Annual administration report of the Civil Veterinary Department, Sind - 1944-1945
Year: 1944
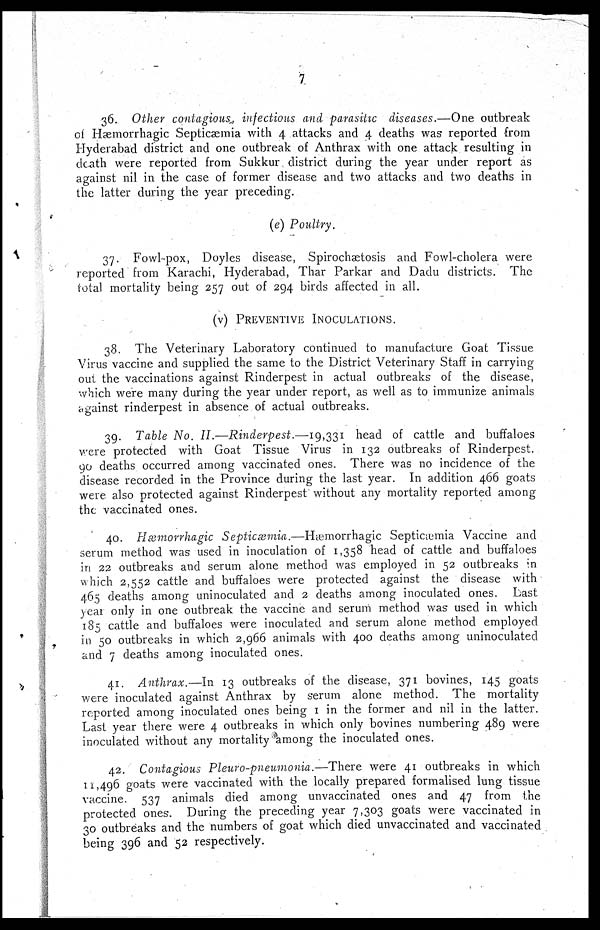
7
36. Other contagious, infectious and parasitic diseases.—One outbreak
of Hæmorrhagic Septicaemia with 4 attacks and 4 deaths was reported from
Hyderabad district and one outbreak of Anthrax with one attack resulting in
death were reported from Sukkur district during the year under report as
against nil in the case of former disease and two attacks and two deaths in
the latter during the year preceding.
(e) Poultry.
37. Fowl-pox, Doyles disease, Spirochætosis and Fowl-cholera were
reported from Karachi, Hyderabad, Thar Parkar and Dadu districts. The
total mortality being 257 out of 294 birds affected in all.
(v) PREVENTIVE INOCULATIONS.
38. The Veterinary Laboratory continued to manufacture Goat Tissue
Virus vaccine and supplied the same to the District Veterinary Staff in carrying
out the vaccinations against Rinderpest in actual outbreaks of the disease
which were many during the year under report, as well as to immunize animals
against rinderpest in absence of actual outbreaks.
39. Table No. II.—Rinderpest.—19,331 head of cattle and buffaloes
were protected with Goat Tissue Virus in 132 outbreaks of Rinderpest.
90 deaths occurred among vaccinated ones. There was no incidence of the
disease recorded in the Province during the last year. In addition 466 goats
were also protected against Rinderpest without any mortality reported among
the vaccinated ones.
40. Hæmorrhagic Septicæmia.—Hæmorrhagic Septicæmia Vaccine and
serum method was used in inoculation of 1,358 head of cattle and buffaloes
in 22 outbreaks and serum alone method was employed in 52 outbreaks in
which 2,552 cattle and buffaloes were protected against the disease with
465 deaths among uninoculated and 2 deaths among inoculated ones. Last
year only in one outbreak the vaccine and serum method was used in which
185 cattle and buffaloes were inoculated and serum alone method employed
in 50 outbreaks in which 2,966 animals with 400 deaths among uninoculated
and 7 deaths among inoculated ones.
41. Anthrax.—In 13 outbreaks of the disease, 371 bovines, 145 goats
were inoculated against Anthrax by serum alone method. The mortality
reported among inoculated ones being 1 in the former and nil in the latter.
Last year there were 4 outbreaks in which only bovines numbering 489 were
inoculated without any mortality among the inoculated ones.
42. Contagious Pleuro-pneumonia.—There were 41 outbreaks in which
11,496 goats were vaccinated with the locally prepared formalised lung tissue
vaccine. 537 animals died among unvaccinated ones and 47 from the
protected ones. During the preceding year 7,303 goats were vaccinated in
30 outbreaks and the numbers of goat which died unvaccinated and vaccinated
being 396 and 52 respectively.